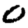
Digit: 0